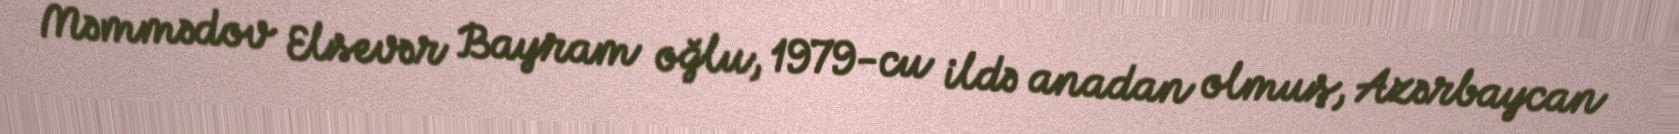
Məmmədov Elsevər Bayram oğlu, 1979-cu ildə anadan olmuş, Azərbaycan